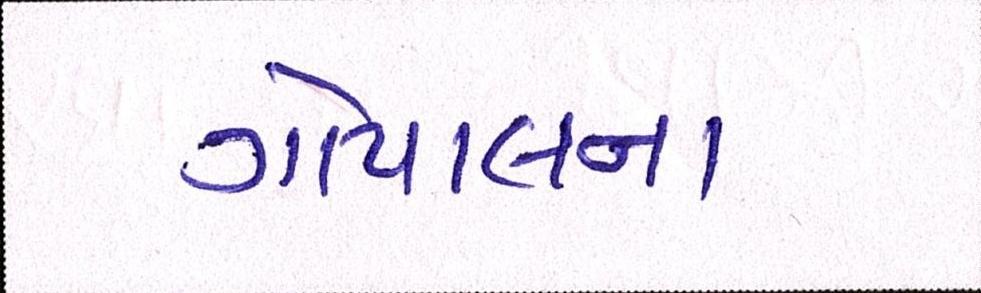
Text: ગોપાલના